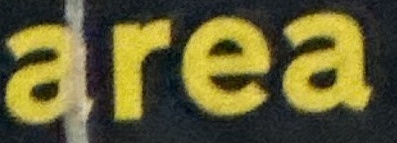
area